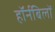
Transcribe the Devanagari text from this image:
हॉर्नबिलों